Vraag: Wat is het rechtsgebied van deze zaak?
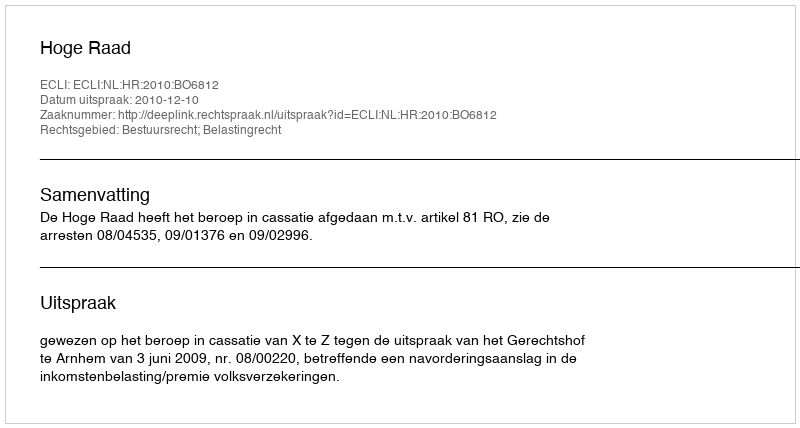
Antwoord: Bestuursrecht; Belastingrecht